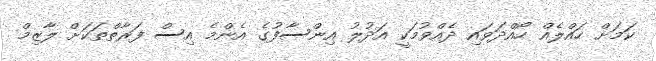
ކަމަށް ހައްލެއް ހޯއްދަވައި ދެއްވުމަކީ އަދުލު އިންސާފުގެ އެންމެ އިސް ފަރާތްތަކަށް ލާޒިމް